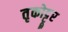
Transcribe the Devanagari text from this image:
तृकोट्टूर